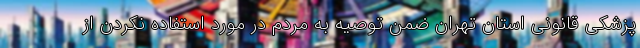
پزشکی قانونی استان تهران ضمن توصیه به مردم در مورد استفاده نکردن از